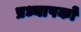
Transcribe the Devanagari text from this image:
प्रध्यापकों